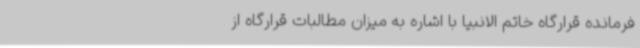
فرمانده قرارگاه خاتم الانبیا با اشاره به میزان مطالبات قرارگاه از